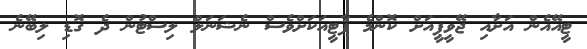
ޓީއޭއެން އަށާއި ޖޭވީޕީއަށް ކޮންމެ ޕާޓީއަކަށްވެސް ނެޝަނަލް ލިސްޓުން ދެ ގޮޑި ލިބޭނެ